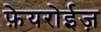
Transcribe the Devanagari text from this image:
फ़ेयरोईज़